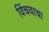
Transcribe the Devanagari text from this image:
विंचवाचा